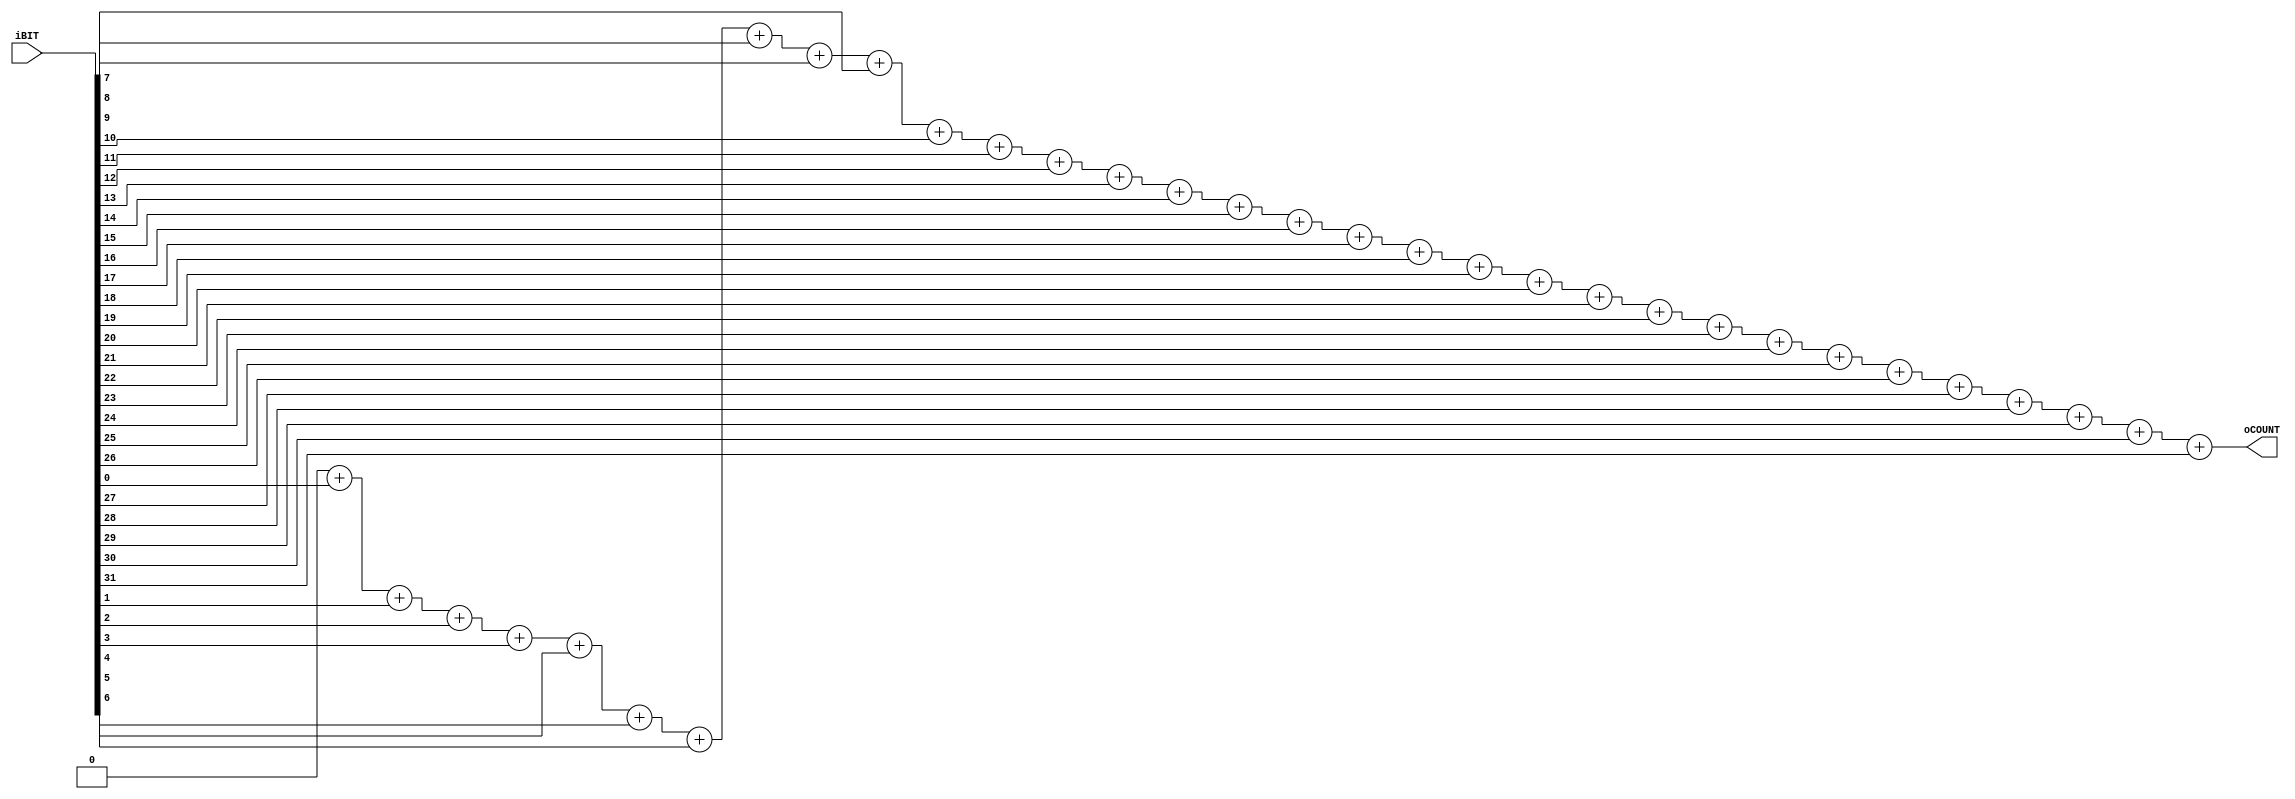
// -----------------------------------------------------------------------------
//  Title         : Count High bit
//  Project       : EyeTracker
// -----------------------------------------------------------------------------
//  Last modified : 
// -----------------------------------------------------------------------------
//  Description   : Calculate center of gravity
// -----------------------------------------------------------------------------
//  Copyright (C) 2017 K.Ishiwatari All Rights Reserved.
// -----------------------------------------------------------------------------

`timescale  1ns/1ps

module COUNT_HIGH_BIT #(
    parameter   BIT_WIDTH   = 32
) (
    input   wire    [BIT_WIDTH -1: 0]               iBIT,
    output  wire    [$clog2(BIT_WIDTH): 0]          oCOUNT
);

    reg     [$clog2(BIT_WIDTH): 0]                  sum;

/*
    localparam  UPPER_WIDTH = BIT_WIDTH >> 1;
    localparam  LOWER_WIDTH = BIT_WIDTH - UPPER_WIDTH;

    wire    [$clog2(BIT_WIDTH): 0]                  count_upper_side;
    wire    [$clog2(BIT_WIDTH): 0]                  count_lower_side;

    if (BIT_WIDTH == 0) begin
        assign  oCOUNT = iBIT;
    end else begin
        //
        COUNT_HIGH_BIT #( .BIT_WIDTH(UPPER_WIDTH) ) m_COUNT_UPPER_SIDE( .iBIT(iBIT[BIT_WIDTH   -1: LOWER_WIDTH]), .oCOUNT(count_upper_side) );
        COUNT_HIGH_BIT #( .BIT_WIDTH(LOWER_WIDTH) ) m_COUNT_LOWER_SIDE( .iBIT(iBIT[LOWER_WIDTH -1:           0]), .oCOUNT(count_lower_side) );
        //
        assign  oCOUNT = count_upper_side + count_lower_side;
    end
*/

    integer                                         i;

    always @(*) begin
        sum = 0;
        for(i=0;i<BIT_WIDTH;i=i+1)
        sum = sum + iBIT[i];
    end
 
    assign oCOUNT = sum;

endmodule